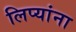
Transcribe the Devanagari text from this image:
लिप्यांना